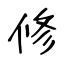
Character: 修